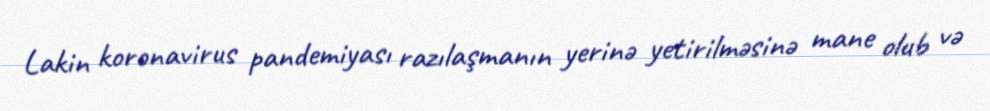
Lakin koronavirus pandemiyası razılaşmanın yerinə yetirilməsinə mane olub və